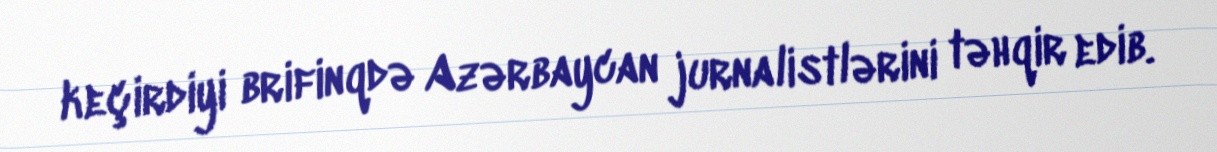
keçirdiyi brifinqdə Azərbaycan jurnalistlərini təhqir edib.